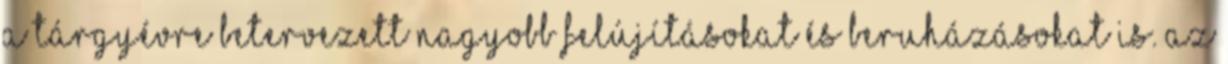
a tárgyévre betervezett nagyobb felújításokat és beruházásokat is. Az